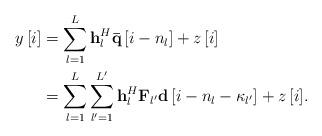
LaTeX: \begin{align*} \begin{aligned} y\left[ i \right] &= \sum\limits_{l = 1}^L {{\bf{h}}_l^H{\bf{\bar q}}\left[ {i - {n_l}} \right]} + z\left[ i \right]\\ &= \sum\limits_{l = 1}^L {\sum\limits_{{l'} = 1}^{L'} {{\bf{h}}_l^H{{\bf{{ F}}}_{l'}}{\bf{d}}\left[ {i - {n_l} - {\kappa _{l'}}} \right]} + z\left[ i \right]}. \end{aligned} \end{align*}